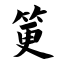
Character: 筻